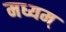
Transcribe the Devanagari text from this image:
मध्यम्